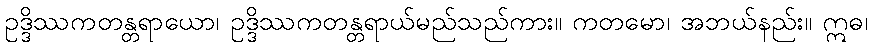
ဥဒ္ဒိဿကတန္တရာယော၊ ဥဒ္ဒိဿကတန္တရာယ်မည်သည်ကား။ ကတမော၊ အဘယ်နည်း။ ဣဓ၊